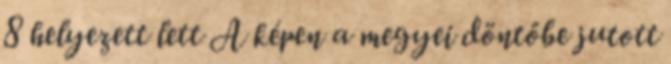
8 helyezett lett A képen a megyei döntőbe jutott